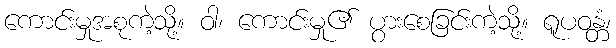
ကောင်းမှုအစုကဲ့သို့။ ဝါ၊ ကောင်းမှု၏ ပွားစေခြင်းကဲ့သို့။ ရူပဝန္တံ၊